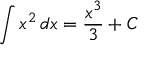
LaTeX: \int x ^ { 2 } \, d x = { \frac { x ^ { 3 } } { 3 } } + C